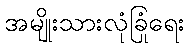
အမျိုးသားလုံခြုံရေး